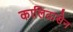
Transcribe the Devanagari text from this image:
कालिदासेन